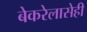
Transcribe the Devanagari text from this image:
बेकरेलासेही